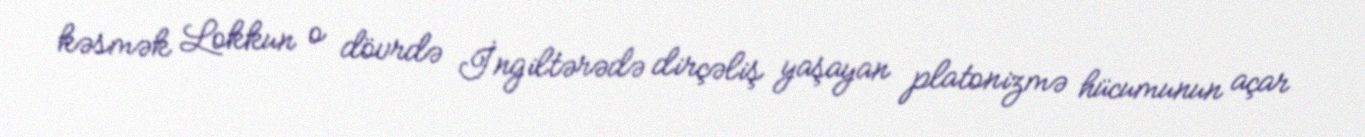
kəsmək Lokkun o dövrdə İngiltərədə dirçəliş yaşayan platonizmə hücumunun açar